Report on the administration of the Government Cinchona Department 1892-98
Year: 1892
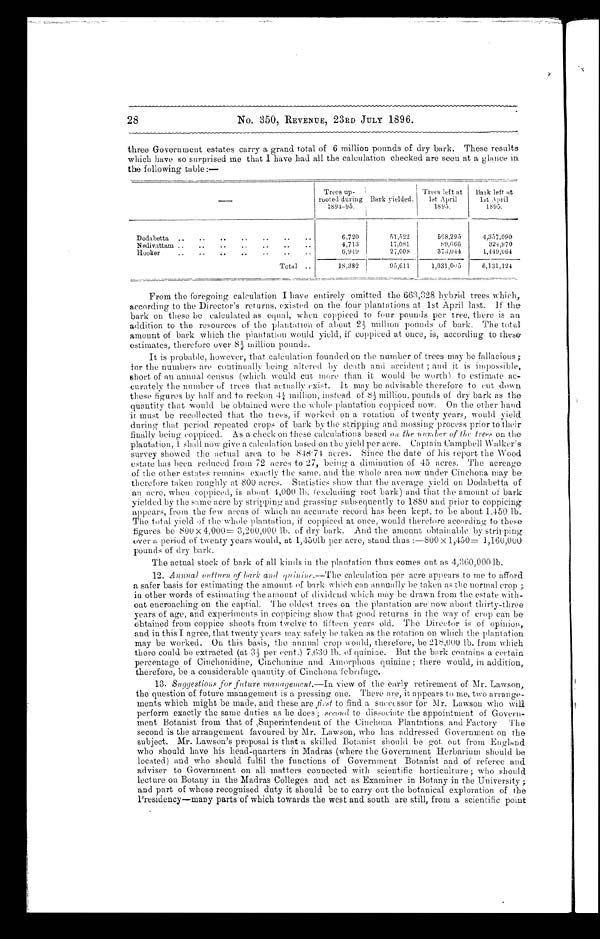
No. 350, REVENUE, 23RD JULY 1896.
three Government estates carry a grand total of 6 million pounds of dry bark. These results
which have so surprised me that I have had all the calculation checked are seen at a glance in.
the following table :—
—
Trees up-
rooted during
1891–95.
Bark yielded.
Trees left at
1st April
1895.
Bark left at
1st April
1895.
Dodabetta ..
..
..
..
.. ..
6,720
51,522
5 6 8 , 2 9 5
4,357,090
Nedivattam ..
..
..
..
..
..
4,713
17,081
8 9 , 6 6 6
3 2 4 , 9 7 0
Hooker..
..
..
..
..
..
. .
6 , 9 4 9
27,008
373,044
1,449,064
Total . .
18,382
95,611
1 , 0 3 1 , 0 0 5
6,131,124
From the foregoing calculation I have entirely omitted the 663,328 hybrid trees which,
according to the Director's returns, existed on the four plantations at 1st April last. If the
bark on these be calculated as equal, when coppiced to four pounds per tree, there is an
addition to the resources of the plantation of about 2 ½ million pounds of bark. The total
amount of bark which the plantation would yield, if coppiced at once, is, according to these
estimates, therefore over 8 ½ million pounds.
It is probable, however, that calculation founded on the number of trees may be fallacious ;
for the numbers are continually being altered by death and accident ; and it is impossible,
short of an annual census (which would cut more than it would be worth) to estimate ac-
curately the number of trees that actually exist. It may be advisable therefore to cut down
these figures by half and to reckon 4 ¼ million, instead of 8 ½ million, pounds of dry bark as the
quantity that would be obtained were the whole plantation coppiced now. On the other hand
it must be recollected that the trees, if worked on a rotation of twenty years, would yield
during that period repeated crops of bark by the stripping and mossing process prior to their
finally being coppiced. As a check on these calculations based on the number of the trees on the
plantation, 1 shall now give a calculation based on the yield per acre. Captain Campbell Walker's
survey showed the actual area to be 848.71. acres. Since the date of his report the Wood
estate has been reduced from 72 acres to 27, being a diminution of 45 acres. The acreage
of the other estates remains exactly the same, and the whole area now under Cinchona may be
therefore taken roughly at 800 acres. Statistics show that the average yield on Dodabetta of
an acre, when coppiced, is about 4,000 lb. (excluding root bark) and that the amount of bark
yielded by the same acre by stripping and grassing subsequently to 1880 and prior to coppicing
appears, from the few areas of which an accurate record has been kept, to be about 1,450 lb.
The total yield of the whole plantation, if coppiced at once, would therefore according to these
figures be 800 × 4,000= 3,200,000 lb. of dry bark. And the amount obtainable by stripping
over a period of twenty years would, at 1,450lb per acre, stand thus :—800 × 1,430= 1,160,000
pounds of dry bark.
The actual stock of bark of all kinds in the plantation thus comes out as 4,360,000 lb.
12.
Annual outturn of bark and quinine.—T h e
c a l c u l a t i o n p e r a c r e a p p e a r s t o m e t o a f f o r d
a safer basis for estimating the amount of bark which can annually be taken as the normal crop ;
in other words of estimating the amount of dividend which may be drawn from the estate with-
out encroaching on the captial. The oldest trees on tile plantation are now about thirty-three
years of age, and experiments in coppicing show that good returns in the way of crop can be
obtained from coppice shoots from twelve to fifteen years old. The Director is of opinion,
and in this I agree, that twenty years may safely Le taken as the rotation on which the plantation
may be worked. On this basis, the annual crop would, therefore, be 218,000 lb. from which
t here coul d be ext ract ed (at 3 ½ per cent . ) 7. 630 l b. of qui ni ne. But t he bark cont ai ns a cert ai n
percentage of Cinchonidine, Cinchonine and Amorphous quinine ; there would, in addition,
therefore, be a considerable quantity of Cinchona febrifuge.
13. Suggestions for future management.—In view of the early retirement of Mr. Lawson,
the question of future management is a pressing one. There are, it appears to me, two arrange-
ments which might be made, and these are first to find a successor for Mr. Lawson who will
perform exactly the same duties as he does ; second to dissociate the appointment of Govern-
ment Botanist from that of Superintendent of the Cinchona Plantations and Factory The
second is the arrangement favoured by Mr. Lawson, who has addressed Government on the
subject. Mr. Lawson's proposal is that a skilled Botanist should be got out from England
who should have his head-quarters in Madras (where the Government Herbarium should be
located) and who should fulfil the functions of Government Botanist and of referee and
adviser to Government on all matters connected with scientific horticulture ; who should
lecture on Botany in the Madras Colleges and act as Examiner in Botany in the University ;
and part of whose recognised duty it should be to carry out the botanical exploration of the
Presidency—many parts of which towards the west and south are still, from a scientific point
28